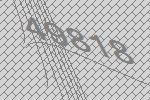
49818